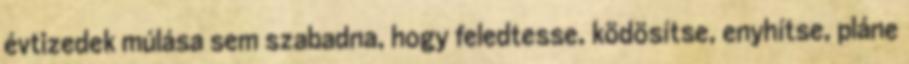
évtizedek múlása sem szabadna, hogy feledtesse, ködösítse, enyhítse, pláne